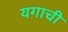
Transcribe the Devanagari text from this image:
यगाची